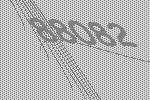
88082